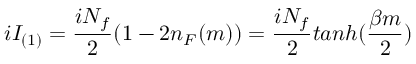
i I _ { ( 1 ) } = \frac { i N _ { f } } { 2 } ( 1 - 2 n _ { F } ( m ) ) = \frac { i N _ { f } } { 2 } t a n h ( \frac { \beta m } { 2 } )